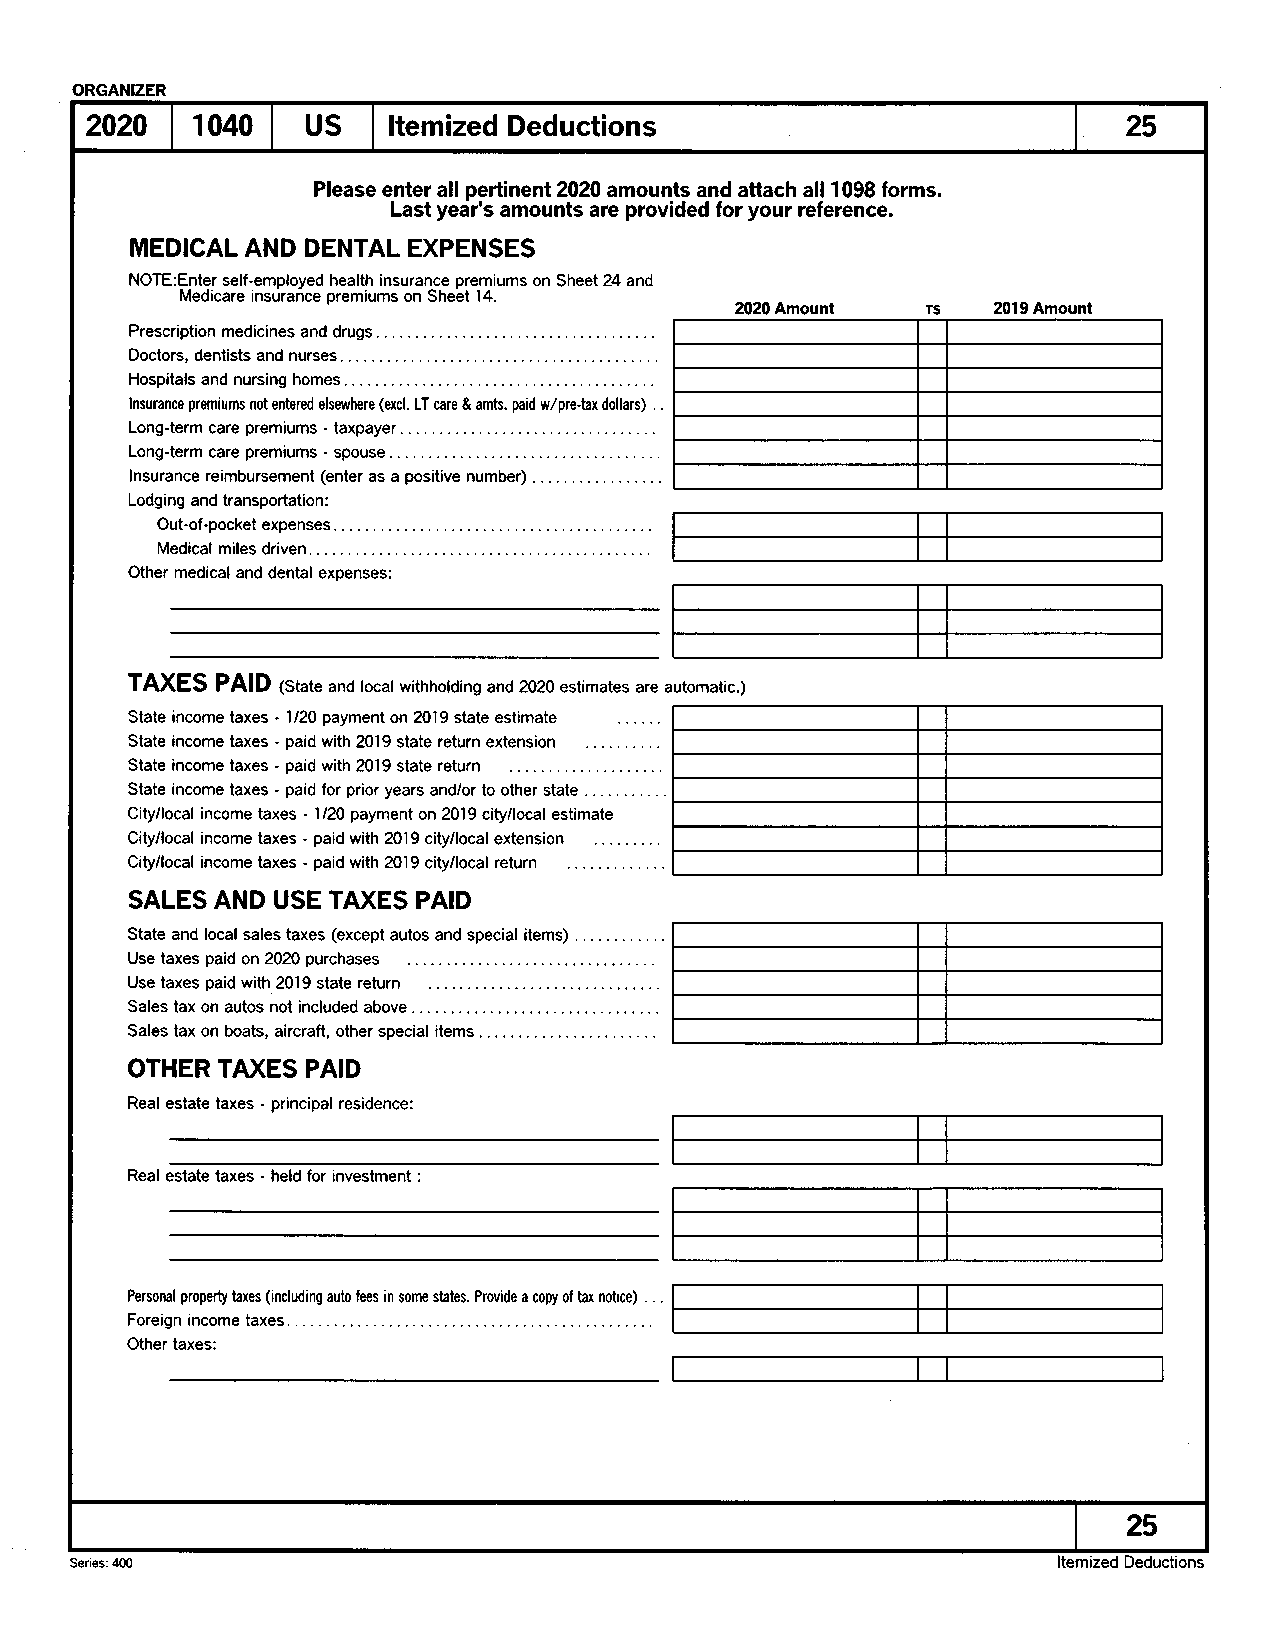
ORGANIZER
 2020   1040   US    Itemized Deductions                              25
 Please enter all pertinent 2020 amounts and attach all 1098 forms.
 Last year's amounts are provided for your reference.
 MEDICAL AND DENTAL EXPENSES
 NOTE:Enter self-employed health insurance premiums on Sheet 24 and
 Medicare insurance premiums on Sheet 14. 2020 Amount Ts 2019 Amount
 Prescription medicines and drugs.
 .
 Doctors, dentists and nurses
 Hospitals and nursing homes
 lnsurance premaums not entered elsewhere (excl. LT care & amts. paid w/pre-tax dollars)
 Long-term care premaums - taxpayer
 Long-term care premiums - spouse . .
 lnsurance reimbursement (enter as a positive number)
 .
 Lodging and transportation:
 Out-of-pocket expenses. . .
 Medical miles driven
 Other medical and dental expenses:
 TAXES PAID fSt"te and local withholding and 2o2o estimates are automatic.)
 State income taxes - 1120 payment on 2019 state estimate
 State income taxes - paid with 2019 state return extension
 State income taxes - paid with 2019 state return
 State income taxes - paid for prior years and/or to other state . . . .
 City/local income taxes - 1120 payment on 2019 city/local estimate
 City/local income taxes - paid with 2019 city/local extension
 City/local income taxes - paid with 2019 city/local return
 SALES AND USE TAXES PAID
 State and local sales taxes (except autos and special items) . . . . .
 Use taxes paid on 2024 purchases
 Use taxes paid with 2019 state return
 Sales tax on autos not included above . .
 Sales tax on boats, aircraft, other special items
 OTHER TAXES PAID
 Real estate taxes - principal residence:
 Real estate taxes - held for investment
 Personal propefty taxes (including auto fees in some states. Provide a copy of tax notice)
 Foreign income taxes
 Other taxes:
 2s
 Series:400